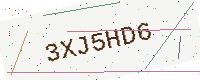
Text: 3XJ5HD6